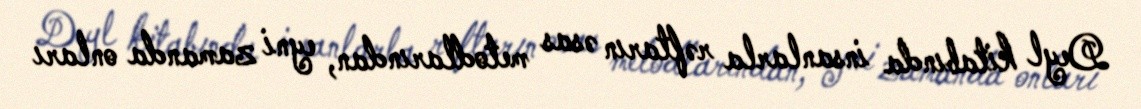
Deyl kitabında insanlarla rəftarın əsas metodlarından, eyni zamanda onları